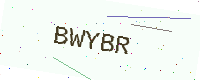
Text: BWYBR